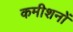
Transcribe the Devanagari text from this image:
कमीशनों